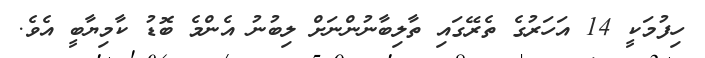
ހިފުމަކީ 14 އަހަރުގެ ތެރޭގައި ތާލިބާނުންނަށް ލިބުުނު އެންމެ ބޮޑު ކާމިޔާބީ އެވެ.